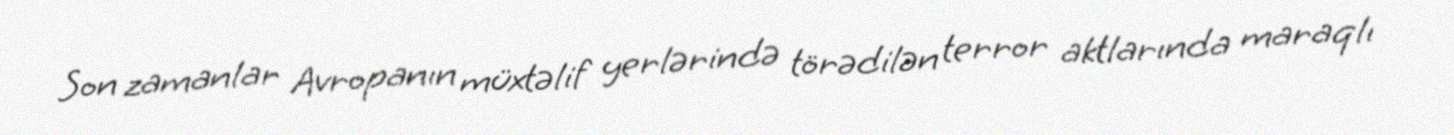
Son zamanlar Avropanın müxtəlif yerlərində törədilən terror aktlarında maraqlı